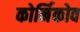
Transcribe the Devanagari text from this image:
कोर्निकोव